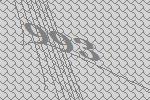
993